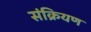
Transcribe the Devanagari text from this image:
संक्रियण